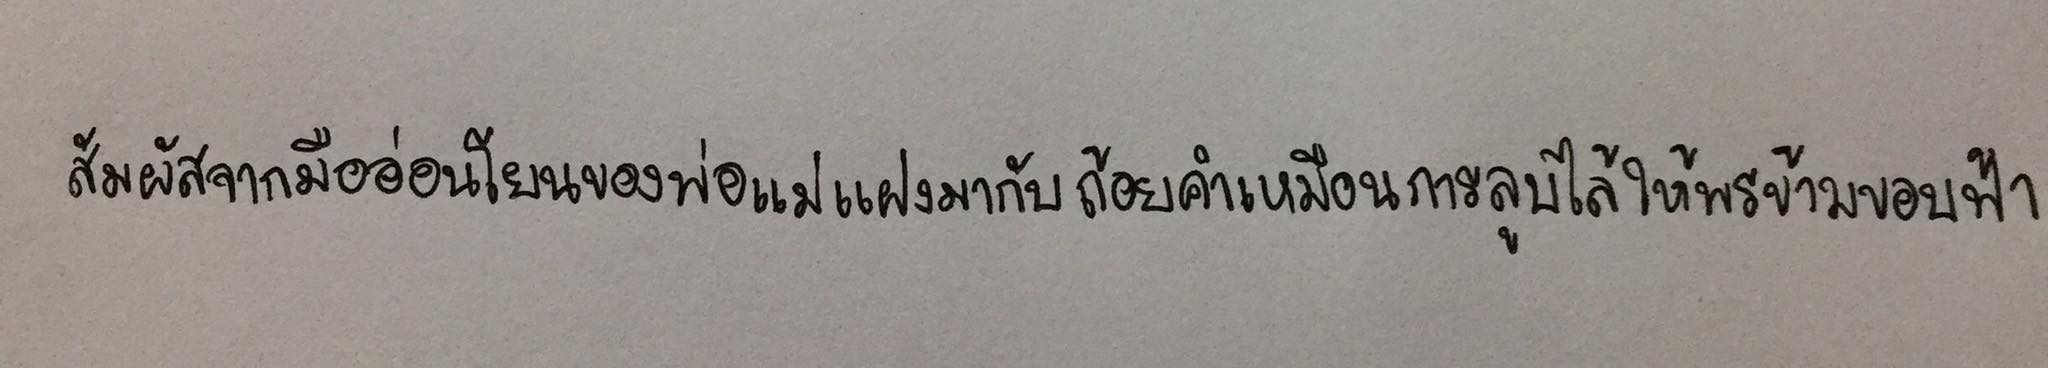
สัมผัสจากมืออ่อนโยนของพ่อแม่แฝงมากับถ้อยคำเหมือนการลูบไล้ให้พรข้ามขอบฟ้า